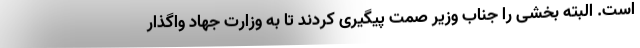
است. البته بخشی را جناب وزیر صمت پیگیری کردند تا به وزارت جهاد واگذار